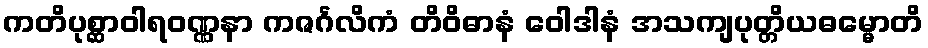
ကတိပုစ္ဆာဝါရဝဏ္ဏနာ ကဇင်္ဂလိကံ တိဝိဓာနံ ဝေါဒါနံ အသကျပုတ္တိယဓမ္မောတိ